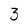
Character: 3